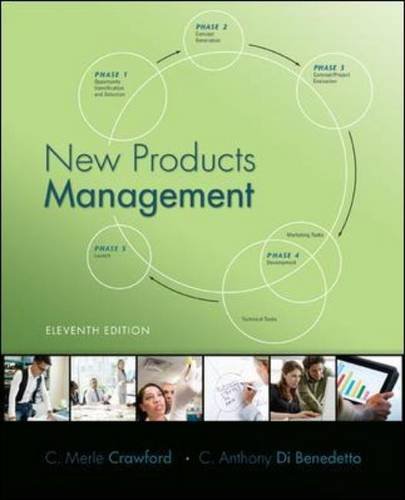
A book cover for New Products Management; C. Merle Crawford; Business & Money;